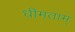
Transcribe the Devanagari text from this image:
धीमताम्‌